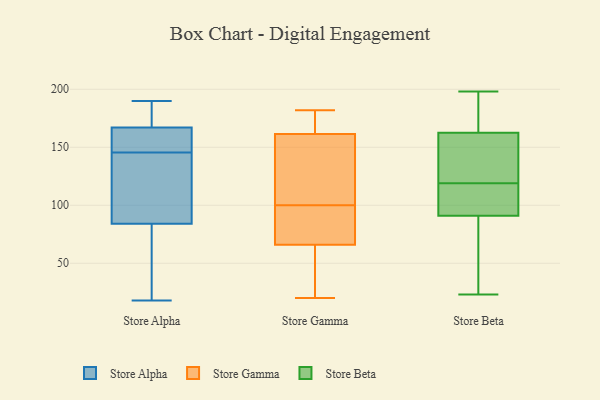
{"axis": {"x": "Backlog", "y": "Value"}, "legend": ["Store Alpha", "Store Beta", "Store Gamma"], "data": [{"x": "", "y": 84, "type": "Store Alpha"}, {"x": "", "y": 128, "type": "Store Alpha"}, {"x": "", "y": 18, "type": "Store Alpha"}, {"x": "", "y": 69, "type": "Store Alpha"}, {"x": "", "y": 140, "type": "Store Alpha"}, {"x": "", "y": 25, "type": "Store Alpha"}, {"x": "", "y": 167, "type": "Store Alpha"}, {"x": "", "y": 160, "type": "Store Alpha"}, {"x": "", "y": 190, "type": "Store Alpha"}, {"x": "", "y": 173, "type": "Store Alpha"}, {"x": "", "y": 151, "type": "Store Alpha"}, {"x": "", "y": 179, "type": "Store Alpha"}, {"x": "", "y": 161, "type": "Store Alpha"}, {"x": "", "y": 135, "type": "Store Alpha"}, {"x": "", "y": 182, "type": "Store Gamma"}, {"x": "", "y": 63, "type": "Store Gamma"}, {"x": "", "y": 34, "type": "Store Gamma"}, {"x": "", "y": 100, "type": "Store Gamma"}, {"x": "", "y": 164, "type": "Store Gamma"}, {"x": "", "y": 154, "type": "Store Gamma"}, {"x": "", "y": 80, "type": "Store Gamma"}, {"x": "", "y": 122, "type": "Store Gamma"}, {"x": "", "y": 172, "type": "Store Gamma"}, {"x": "", "y": 75, "type": "Store Gamma"}, {"x": "", "y": 48, "type": "Store Gamma"}, {"x": "", "y": 20, "type": "Store Gamma"}, {"x": "", "y": 176, "type": "Store Gamma"}, {"x": "", "y": 78, "type": "Store Gamma"}, {"x": "", "y": 116, "type": "Store Gamma"}, {"x": "", "y": 131, "type": "Store Beta"}, {"x": "", "y": 162, "type": "Store Beta"}, {"x": "", "y": 198, "type": "Store Beta"}, {"x": "", "y": 47, "type": "Store Beta"}, {"x": "", "y": 23, "type": "Store Beta"}, {"x": "", "y": 119, "type": "Store Beta"}, {"x": "", "y": 96, "type": "Store Beta"}, {"x": "", "y": 93, "type": "Store Beta"}, {"x": "", "y": 136, "type": "Store Beta"}, {"x": "", "y": 85, "type": "Store Beta"}, {"x": "", "y": 164, "type": "Store Beta"}, {"x": "", "y": 104, "type": "Store Beta"}, {"x": "", "y": 188, "type": "Store Beta"}, {"x": "", "y": 71, "type": "Store Beta"}, {"x": "", "y": 126, "type": "Store Beta"}, {"x": "", "y": 107, "type": "Store Beta"}, {"x": "", "y": 174, "type": "Store Beta"}]}